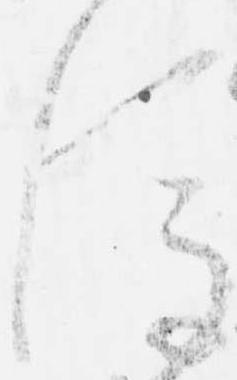
後